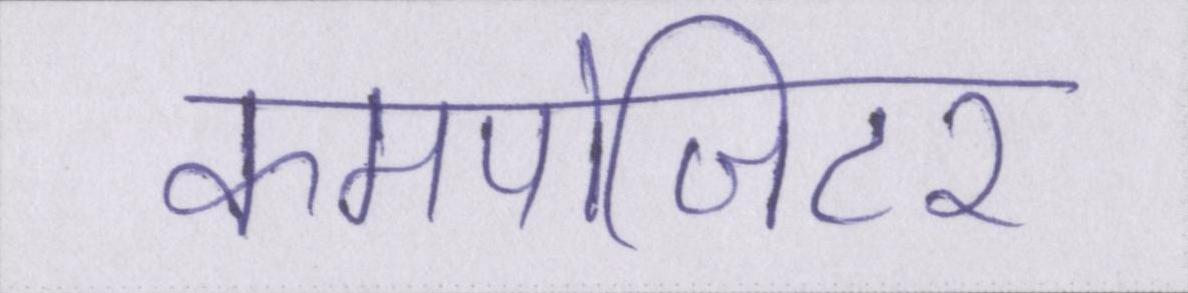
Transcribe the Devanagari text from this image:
कमपोजिटर